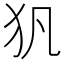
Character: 𤜦